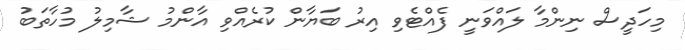
މިހަދީސް ނިންމާ ލައްވަނީ ފެއްޓެވި އިރު ބަޔާން ކުރެއްވި އާންމު ޝާމިލު މުހާތަބު